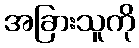
အခြားသူကို